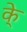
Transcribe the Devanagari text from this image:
के्